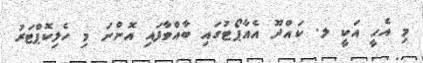
މި އެހީ އަކީ ލ. ކައްދޫ އެއާޕޯޓުގައި ބާއްވާފައި އޮންނަ މި ހެލިކޮޕްޓަރު